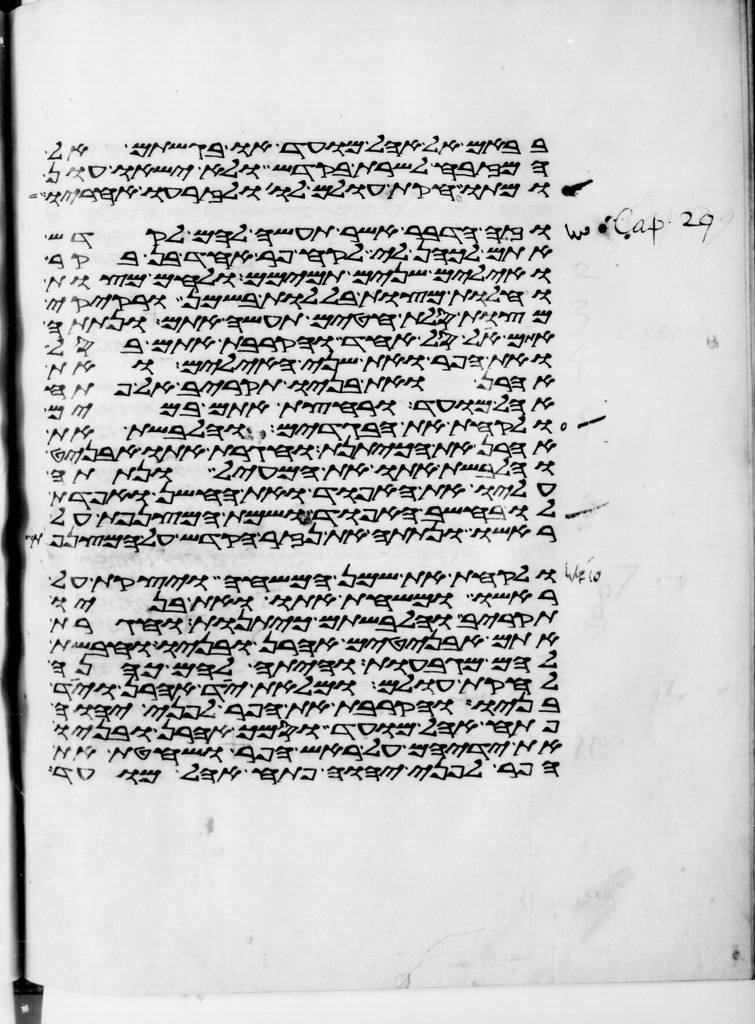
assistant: בבאם אל אהל מועד או בגשתם אל
המזבח לשרת בקדש ולא ישאו עון
ומתו חקות עולם לו ולזרעו אחריו
וזה הדבר אשר תעשה להם לקדש
אתם לכהן לי לקח פר אחד בן בקר
ואילים שנים תמימם ולחם מצות
וחלות מצות בללות בשמן ורקיקי
מצות סלת חטים תעשה אתם ונתתה
אתם על סל אחד והקרבת אתם בסל
ואת הפר ואת שני האילים ואת
אהרן ואת בניו תקריב אל פתח
אהל מועד ורחצת אתם במים
ולקחת את הבגדים והלבשת את
אהרן את הכיתנת וחגרת אתו אבניט
והלבשת אתו את המעיל ונתתה
עליו את האפוד ואת החשן ואפדת
לו בחשב האפוד ושמת המצנפת על
ראשו ונתתה את נזר הקדש על המצנפת
ולקחת את שמן המשחה ויצקת על
ראשו ומשחת אתו ואת בניו
תקריב והלבשתם כיתנות וחגרת
אתם אבניטים אהרן ובניו וחבשת
להם מגבעות והיתה להם כהנה
לחקת עולם ומלאת יד אהרן ויד
בניו והקרבת את הפר לפני יהוה
פתח אהל מועד וסמך אהרן ובניו
את ידיהם על ראש הפר ושחטת את
הפר לפני יהוה פתח אהל מועד